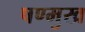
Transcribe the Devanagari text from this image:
षण्मुख